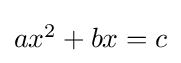
\textstyle ax^{2}+bx=c